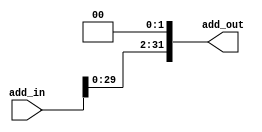
`timescale 1ns / 1ps

module shift_left2_branch(add_in, add_out);
input [31:0] add_in;
output [31:0] add_out;
assign add_out[31:0]={add_in[29:0],2'b00};
endmodule